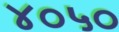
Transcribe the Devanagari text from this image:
४०५०